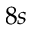
8 s